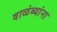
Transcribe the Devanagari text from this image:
वाळंब्यांना